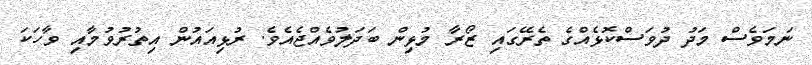
ނަމަވެސް މަދު ދުވަސްކޮޅެއްގެ ތެރޭގައި ޒޯރާ މުޅިން ބަދަލުވެއްޖެއެވެ. ރުޅިއައުން އިތުރުވުމާއި ވާހަކަ